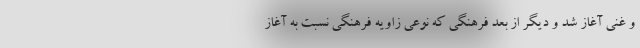
و غنی آغاز شد و دیگر از بعد فرهنگی که نوعی زاویه فرهنگی نسبت به آغاز